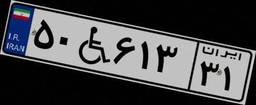
۵۰W۶۱۳۳۱